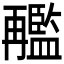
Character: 𠕱